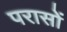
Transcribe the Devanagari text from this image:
परासों